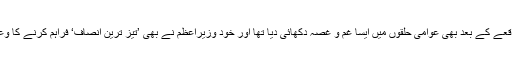
ساہیوال واقعے کے بعد بھی عوامی حلقوں میں ایسا غم و غصہ دکھائی دیا تھا اور خود وزیرِاعظم نے بھی ’تیز ترین انصاف‘ فراہم کرنے کا وعدہ کیا تھا۔